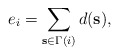
\begin{align*}e_{i} = \sum_{\mathbf{s} \in \Gamma(i)} d(\mathbf{s}),\end{align*}